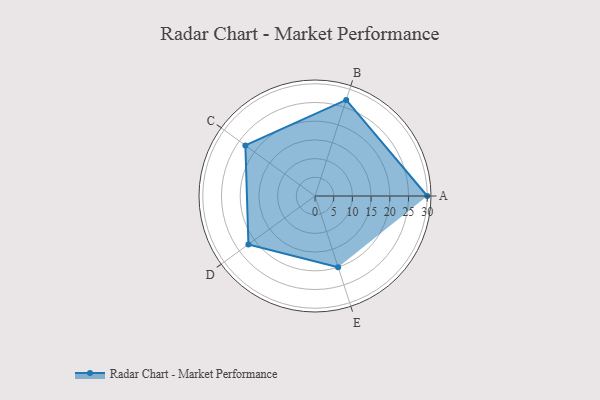
{"axis": {"x": "Skill", "y": "Score"}, "legend": ["Profile"], "data": [{"x": "A", "y": 30.0, "type": "Profile"}, {"x": "B", "y": 27.0, "type": "Profile"}, {"x": "C", "y": 23.0, "type": "Profile"}, {"x": "D", "y": 22.0, "type": "Profile"}, {"x": "E", "y": 20, "type": "Profile"}]}